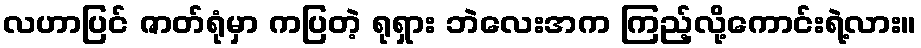
လဟာပြင် ဇာတ်ရုံမှာ ကပြတဲ့ ရုရှား ဘဲလေးအက ကြည့်လို့ကောင်းရဲ့လား။